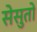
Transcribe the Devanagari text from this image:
सेसुतो